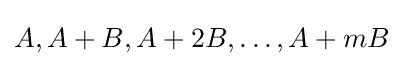
A,A+B,A+2B,\dots ,A+mB